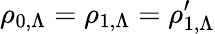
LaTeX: \rho_{0,\Lambda}=\rho_{1,\Lambda}=\rho_{1,\Lambda}^{\prime}